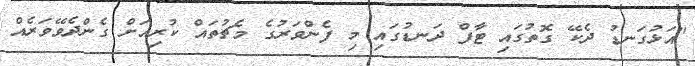
"އަޅުގަނޑު ދެކޭ ގޮތުގައި ޓާފް ދަނޑުގައި މި ފެންވަރުގެ މެޗުތައް ކުރިއަށް ގެންދެވޭވަރެއް